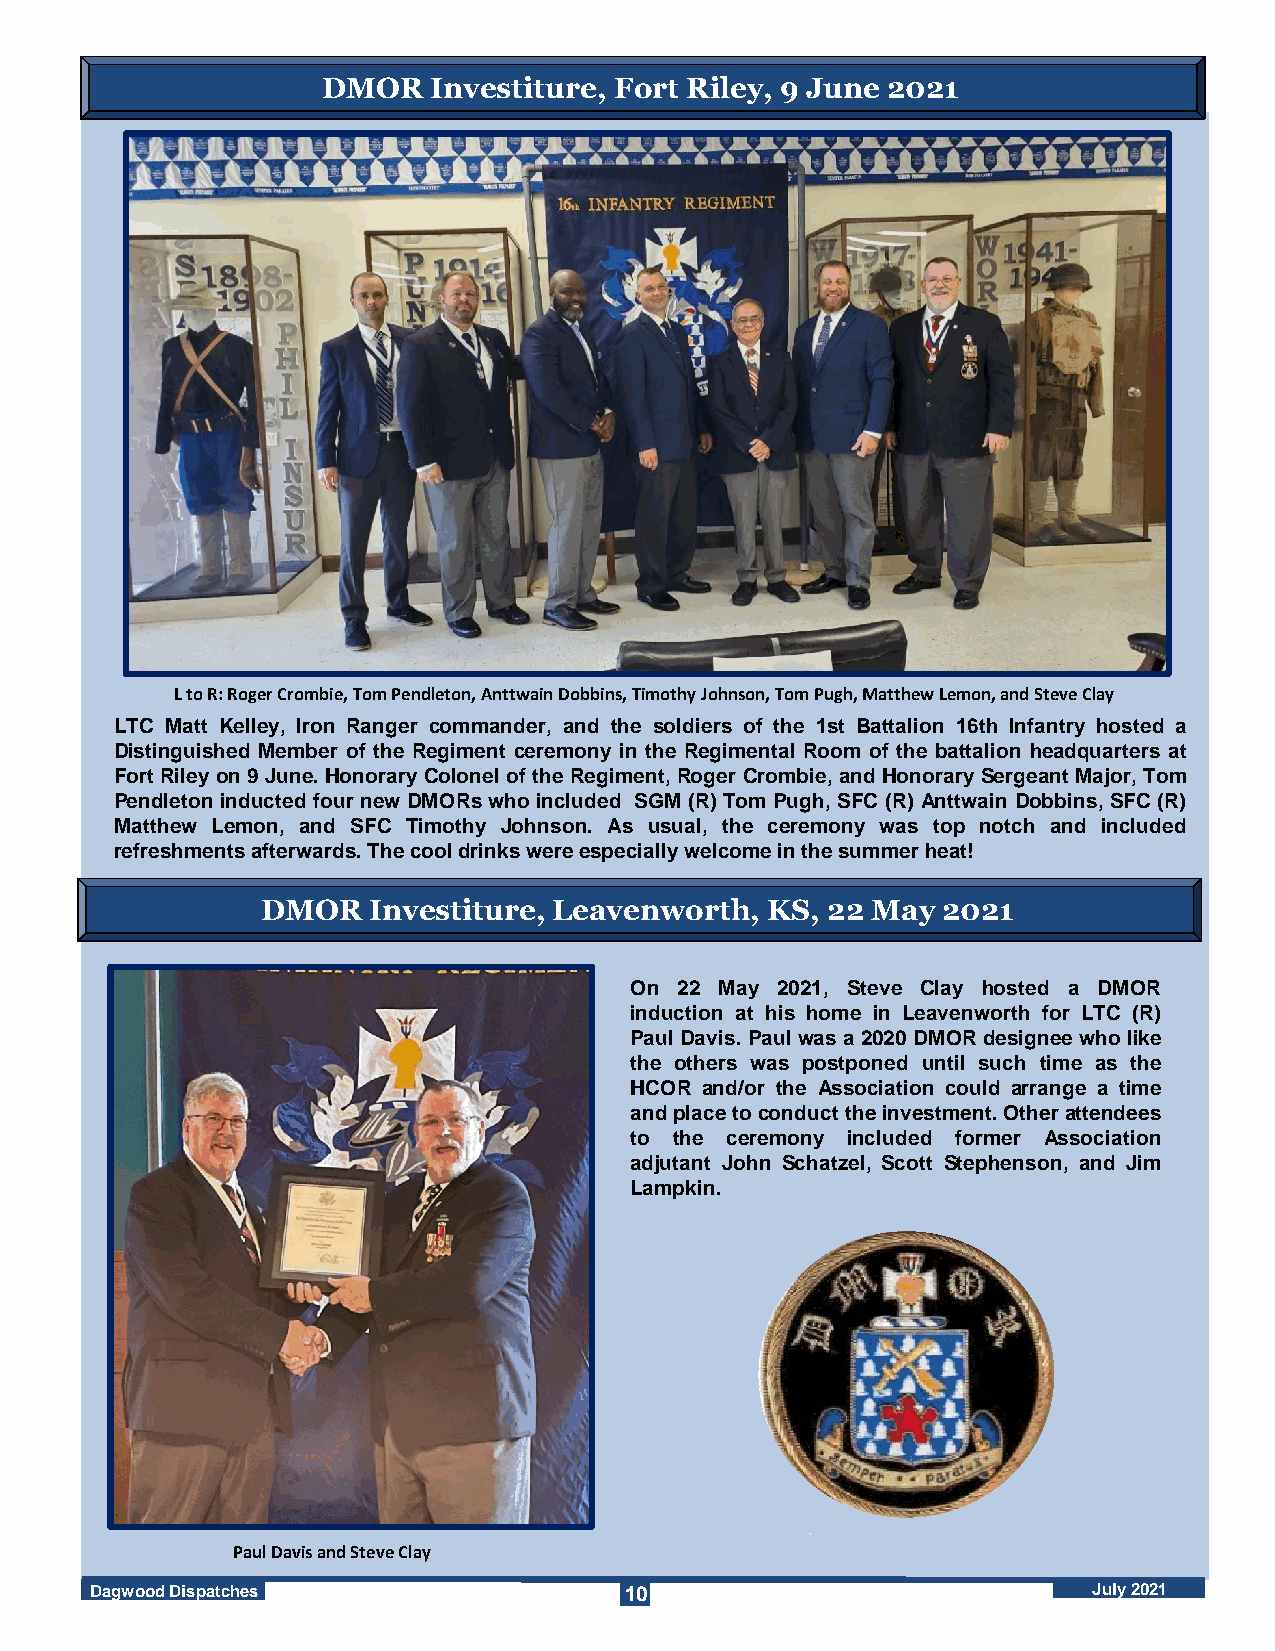
DMOR    Investiture, Fort Riley, 9 June 2021
 L to R: Roger Crombie, Tom Pendleton, AnttwainDobbins, Timothy Johnson, Tom Pugh, Matthew Lemon, and Steve Clay
 LTC Matt Kelley, Iron Ranger commander, and the soldiers of the 1st Battalion 16th Infantry hosted a
 Distinguished Member of the Regiment ceremony in the Regimental Room of the battalion headquarters at
 FortRileyon 9June.HonoraryColonelof theRegiment,RogerCrombie,andHonorarySergeantMajor,Tom
 Pendleton inducted fournew DMORswhoincluded SGM (R)Tom Pugh, SFC (R) Anttwain Dobbins,SFC (R)
 Matthew Lemon, and SFC Timothy Johnson. As usual, the ceremony was top notch and included
 refreshmentsafterwards.Thecooldrinkswereespeciallywelcomeinthesummerheat!
 DMOR   Investiture, Leavenworth,  KS, 22 May 2021
 On 22 May 2021, Steve Clay hosted a DMOR
 induction at his home in Leavenworth for LTC (R)
 Paul Davis.Paulwas a2020DMOR designeewho like
 the others was postponed until such time as the
 HCOR and/or the Association could arrange a time
 andplacetoconducttheinvestment.Otherattendees
 to the ceremony included former Association
 adjutant John Schatzel, Scott Stephenson, and Jim
 Lampkin.
 Paul Davis and Steve Clay
 Dagwood Dispatches                 10                             July 2021